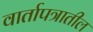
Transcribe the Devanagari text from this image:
वार्तापत्रातील